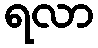
ရလာ